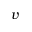
v